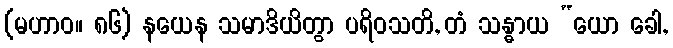
(မဟာဝ။ ၈၆) နယေန သမာဒိယိတွာ ပရိဝသတိ, တံ သန္ဓာယ “ယော ခေါ,